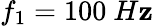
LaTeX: f_{1}=100~H\mathbf{z}